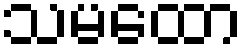
သမထော